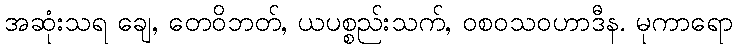
အဆုံးသရ ချေ, တေဝိဘတ်, ယပစ္စည်းသက်, ဝစဝသဝဟာဒီန. မုကာရော